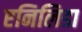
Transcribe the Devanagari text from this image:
एनिलिडा